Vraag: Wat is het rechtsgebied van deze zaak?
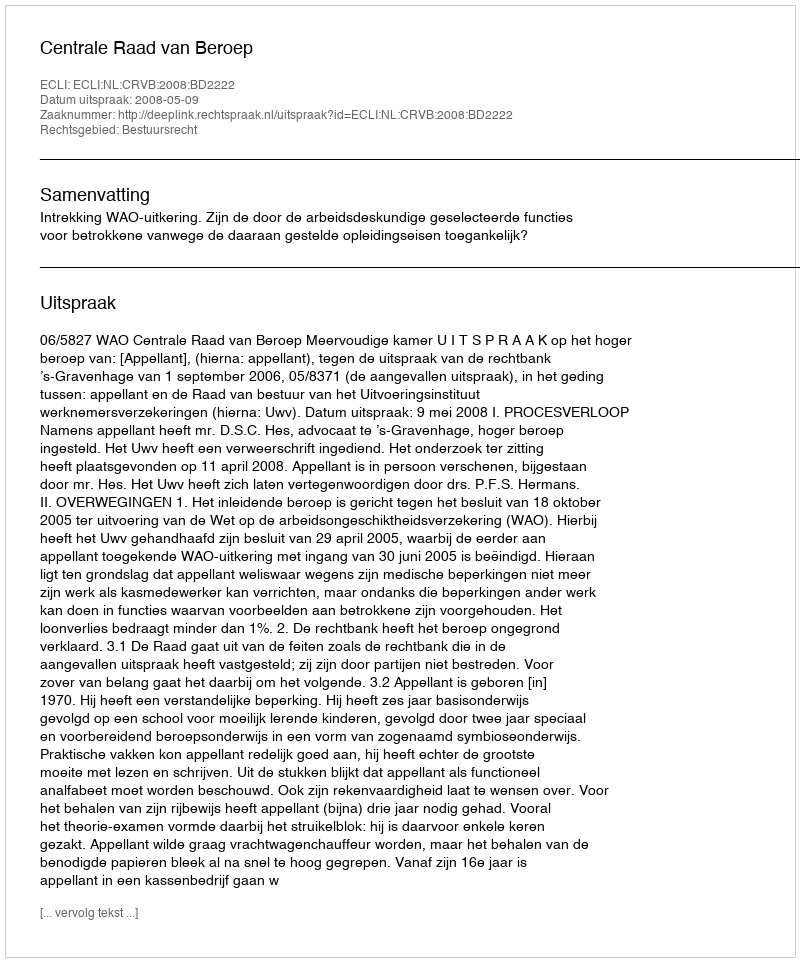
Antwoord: Bestuursrecht